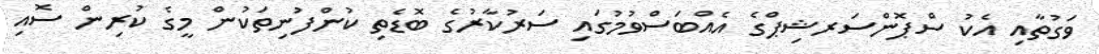
ވަގުތާއި އެކު ސްޕޮންސަރޝިޕްގެ އެއްބަސްވުމުގައި ސަރުކާރުގެ ބޮޑެތި ކުންފުނިތަކުން މީގެ ކުރިން ސޮއި